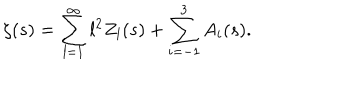
LaTeX: \zeta ( s ) = \sum _ { l = 1 } ^ { \infty } l ^ { 2 } Z _ { l } ( s ) + \sum _ { i = - 1 } ^ { 3 } A _ { i } ( s ) .